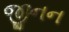
જીનન